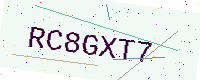
Text: RC8GXT7